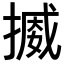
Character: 𢳒